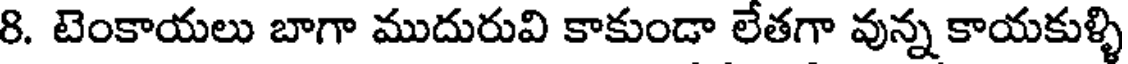
8. టెంకాయలు బాగా ముదురువి కాకుండా లేతగా వున్న కాయకుళ్ళి